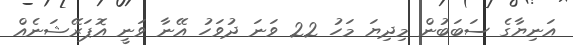
އަނިޔާގެ ސަބަބުން މިދިޔަ މަހު 22 ވަނަ ދުވަހު އޭނާ ވަނީ އޮޕަރޭޝަނެއް